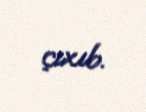
çıxıb.